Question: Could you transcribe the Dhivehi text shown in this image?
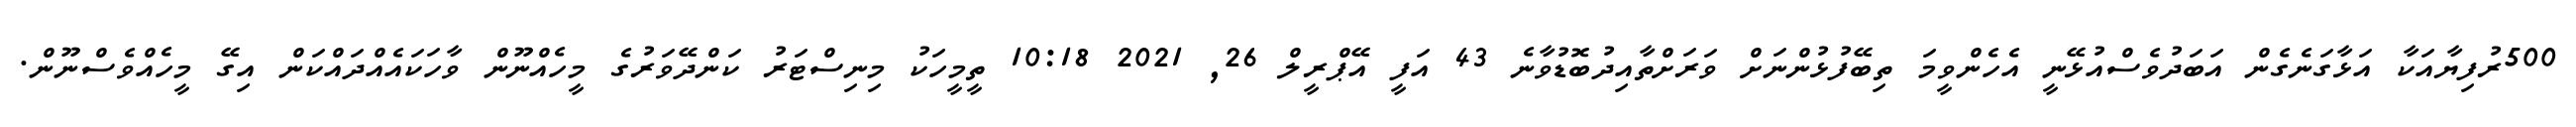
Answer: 500ރުފިޔާއަކާ އަޅާގަނެގެން އަބަދުވެސްއުޅޭނީ އެހެންވީމަ ތިބޭފުޅުންނަށް ވަރަށްތާއިދުބޮޑުވާނެ 43 އަފީ އޭޕްރީލް 26, 2021 10:18 ތީމީހަކު މިނިސްޓަރު ކަންދޭވަރުގެ މީހެއްނޫން ވާހަކައެއްދައްކަން އިގޭ މީހެއްވެސްނޫން.